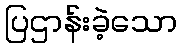
ပြဌာန်းခဲ့သော